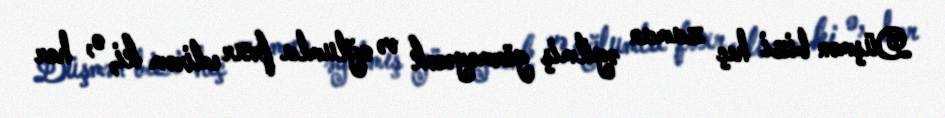
Düşmən bizi heç zaman əyilmiş görməyəcək və oğlumla fəxr edirəm ki, o, hər